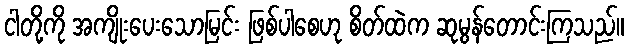
ငါတို့ကို အကျိုးပေးသောမြင်း ဖြစ်ပါစေဟု စိတ်ထဲက ဆုမွန်တောင်းကြသည်။